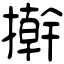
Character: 擀